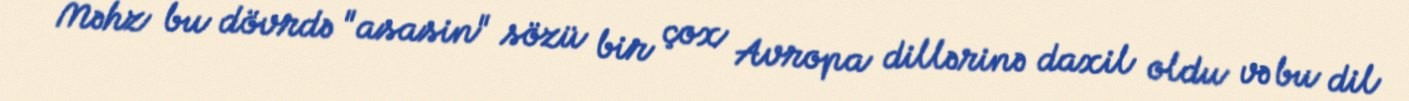
Məhz bu dövrdə "asasin" sözü bir çox Avropa dillərinə daxil oldu və bu dil